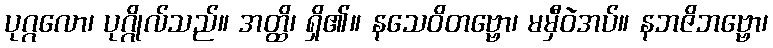
ပုဂ္ဂလော၊ ပုဂ္ဂိုလ်သည်။ အတ္ထိ၊ ရှိ၏။ နသေဝိတဗ္ဗော၊ မမှီဝဲအပ်။ နဘဇိဘဗ္ဗော၊